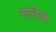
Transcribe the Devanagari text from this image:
साबित्री